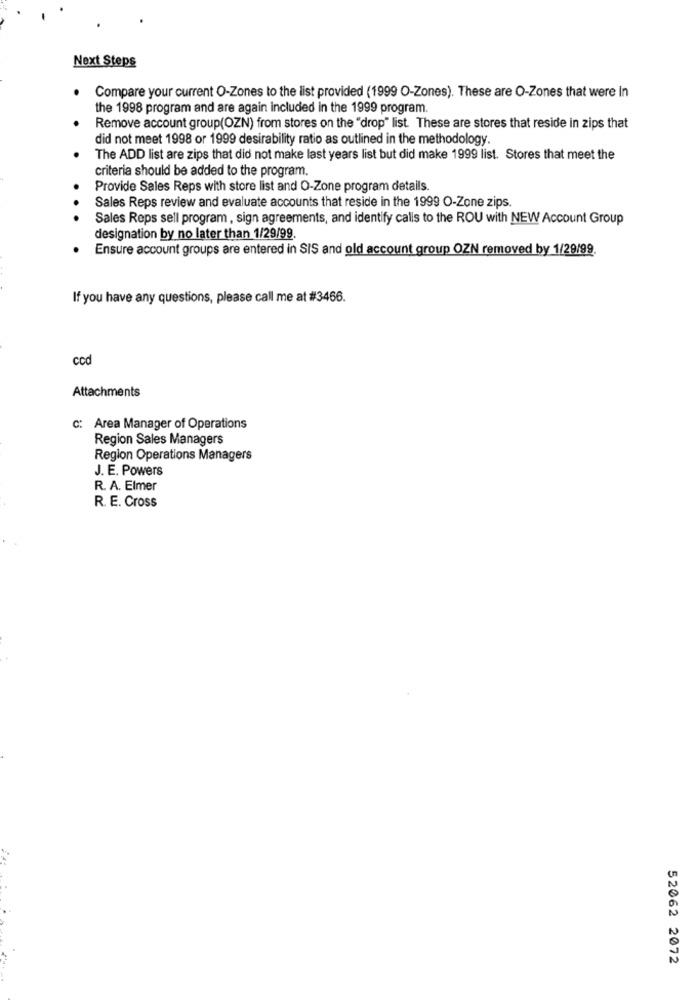
Next Steps
Compare your current O-Zones to the list provided (1999 O-Zones). These are O-Zones that were In
the 1998 program and are again included in the 1999 program.
Remove account group(OZN) from stores on the "drop" list. These are stores that reside in zips that
did not meet 1998 or 1999 desirability ratio as outlined in the methodology.
The ADD list are zips that did not make last years list but did make 1999 list. Stores that meet the
criteria should be added to the program.
Provide Sales Reps with store list and O-Zone program details.
Sales Reps review and evaluate accounts that reside in the 1999 O-Zone zips.
Sales Reps sell program , sign agreements, and identify calls to the ROU with NEW Account Group
designation by no later than 1/29/99
Ensure account groups are entered in SIS and old account group OZN removed by 1/29/99
If you have any questions, please call me at #3466.
ccd
Attachments
c: Area Manager of Operations
Region Sales Managers
Region Operations Managers
J. E. Powers
R. A. Elmer
R. E. Cross
52062 2072